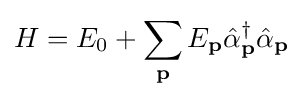
H=E_{0}+\sum _{\mathbf {p} }E_{\mathbf {p} }{\hat {\alpha }}_{\mathbf {p} }^{\dagger }{\hat {\alpha }}_{\mathbf {p} }